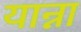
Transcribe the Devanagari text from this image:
यान्ना